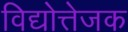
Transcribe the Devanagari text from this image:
विद्योत्तेजक